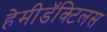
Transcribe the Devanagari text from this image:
हेमीडॅक्टिलस